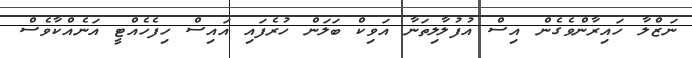
ނަޒްލާ ހައިރާންވެގެން އިސް އުފުލާލިތަނާ އަވިކް ބަލަން ހުރެފައި އައިސް ހިފެހެއްޓީ އަނެއްކާވެސް